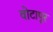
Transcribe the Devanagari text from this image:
वोटापूर